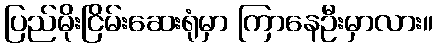
ပြည်မိုးငြိမ်းဆေးရုံမှာ ကြာနေဦးမှာလား။